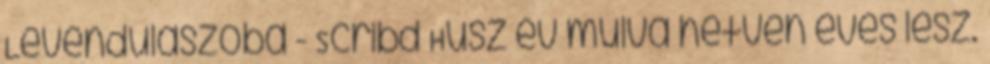
Levendulaszoba - Scribd Húsz év múlva hetven éves lesz.